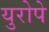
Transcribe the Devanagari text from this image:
युरोपे